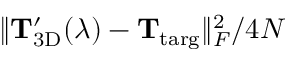
\lVert \mathbf { T } _ { \mathrm { 3 D } } ^ { \prime } ( \lambda ) - \mathbf { T } _ { \mathrm { t a r g } } \rVert _ { F } ^ { 2 } / 4 N